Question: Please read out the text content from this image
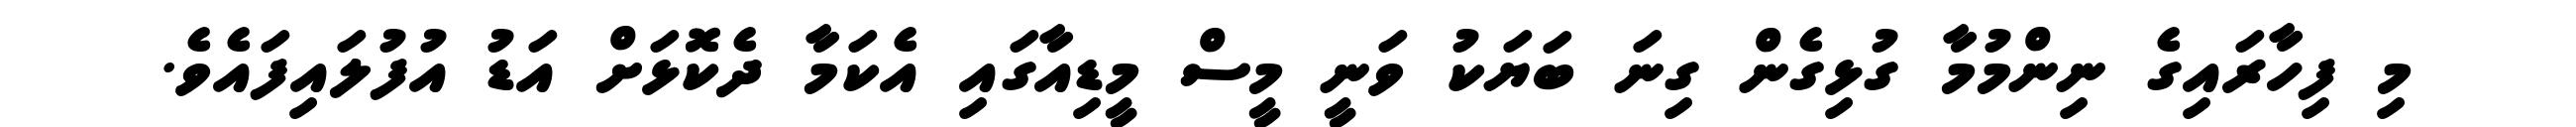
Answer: މި ފިހާރައިގެ ނިންމުމާ ގުޅިގެން ގިނަ ބަޔަކު ވަނީ މީސް މީޑިއާގައި އެކަމާ ދެކޮޅަށް އަޑު އުފުލައިފައެވެ.